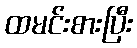
ထမင်းစားပြီး